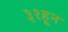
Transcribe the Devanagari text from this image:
३१हून